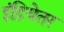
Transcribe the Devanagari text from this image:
इंद्रियेतर